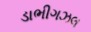
ડાભીગઝલ